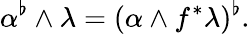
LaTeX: \alpha^{\flat}\wedge\lambda=(\alpha\wedge f^{*}\lambda)^{\flat}.